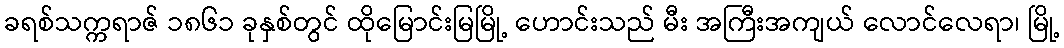
ခရစ်သက္ကရာဇ် ၁၈၆၁ ခုနှစ်တွင် ထိုမြောင်းမြမြို့ ဟောင်းသည် မီး အကြီးအကျယ် လောင်လေရာ၊ မြို့